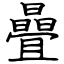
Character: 曡